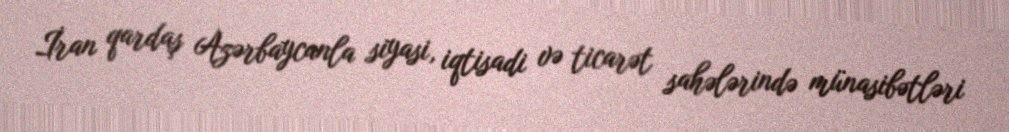
İran qardaş Azərbaycanla siyasi, iqtisadi və ticarət sahələrində münasibətləri